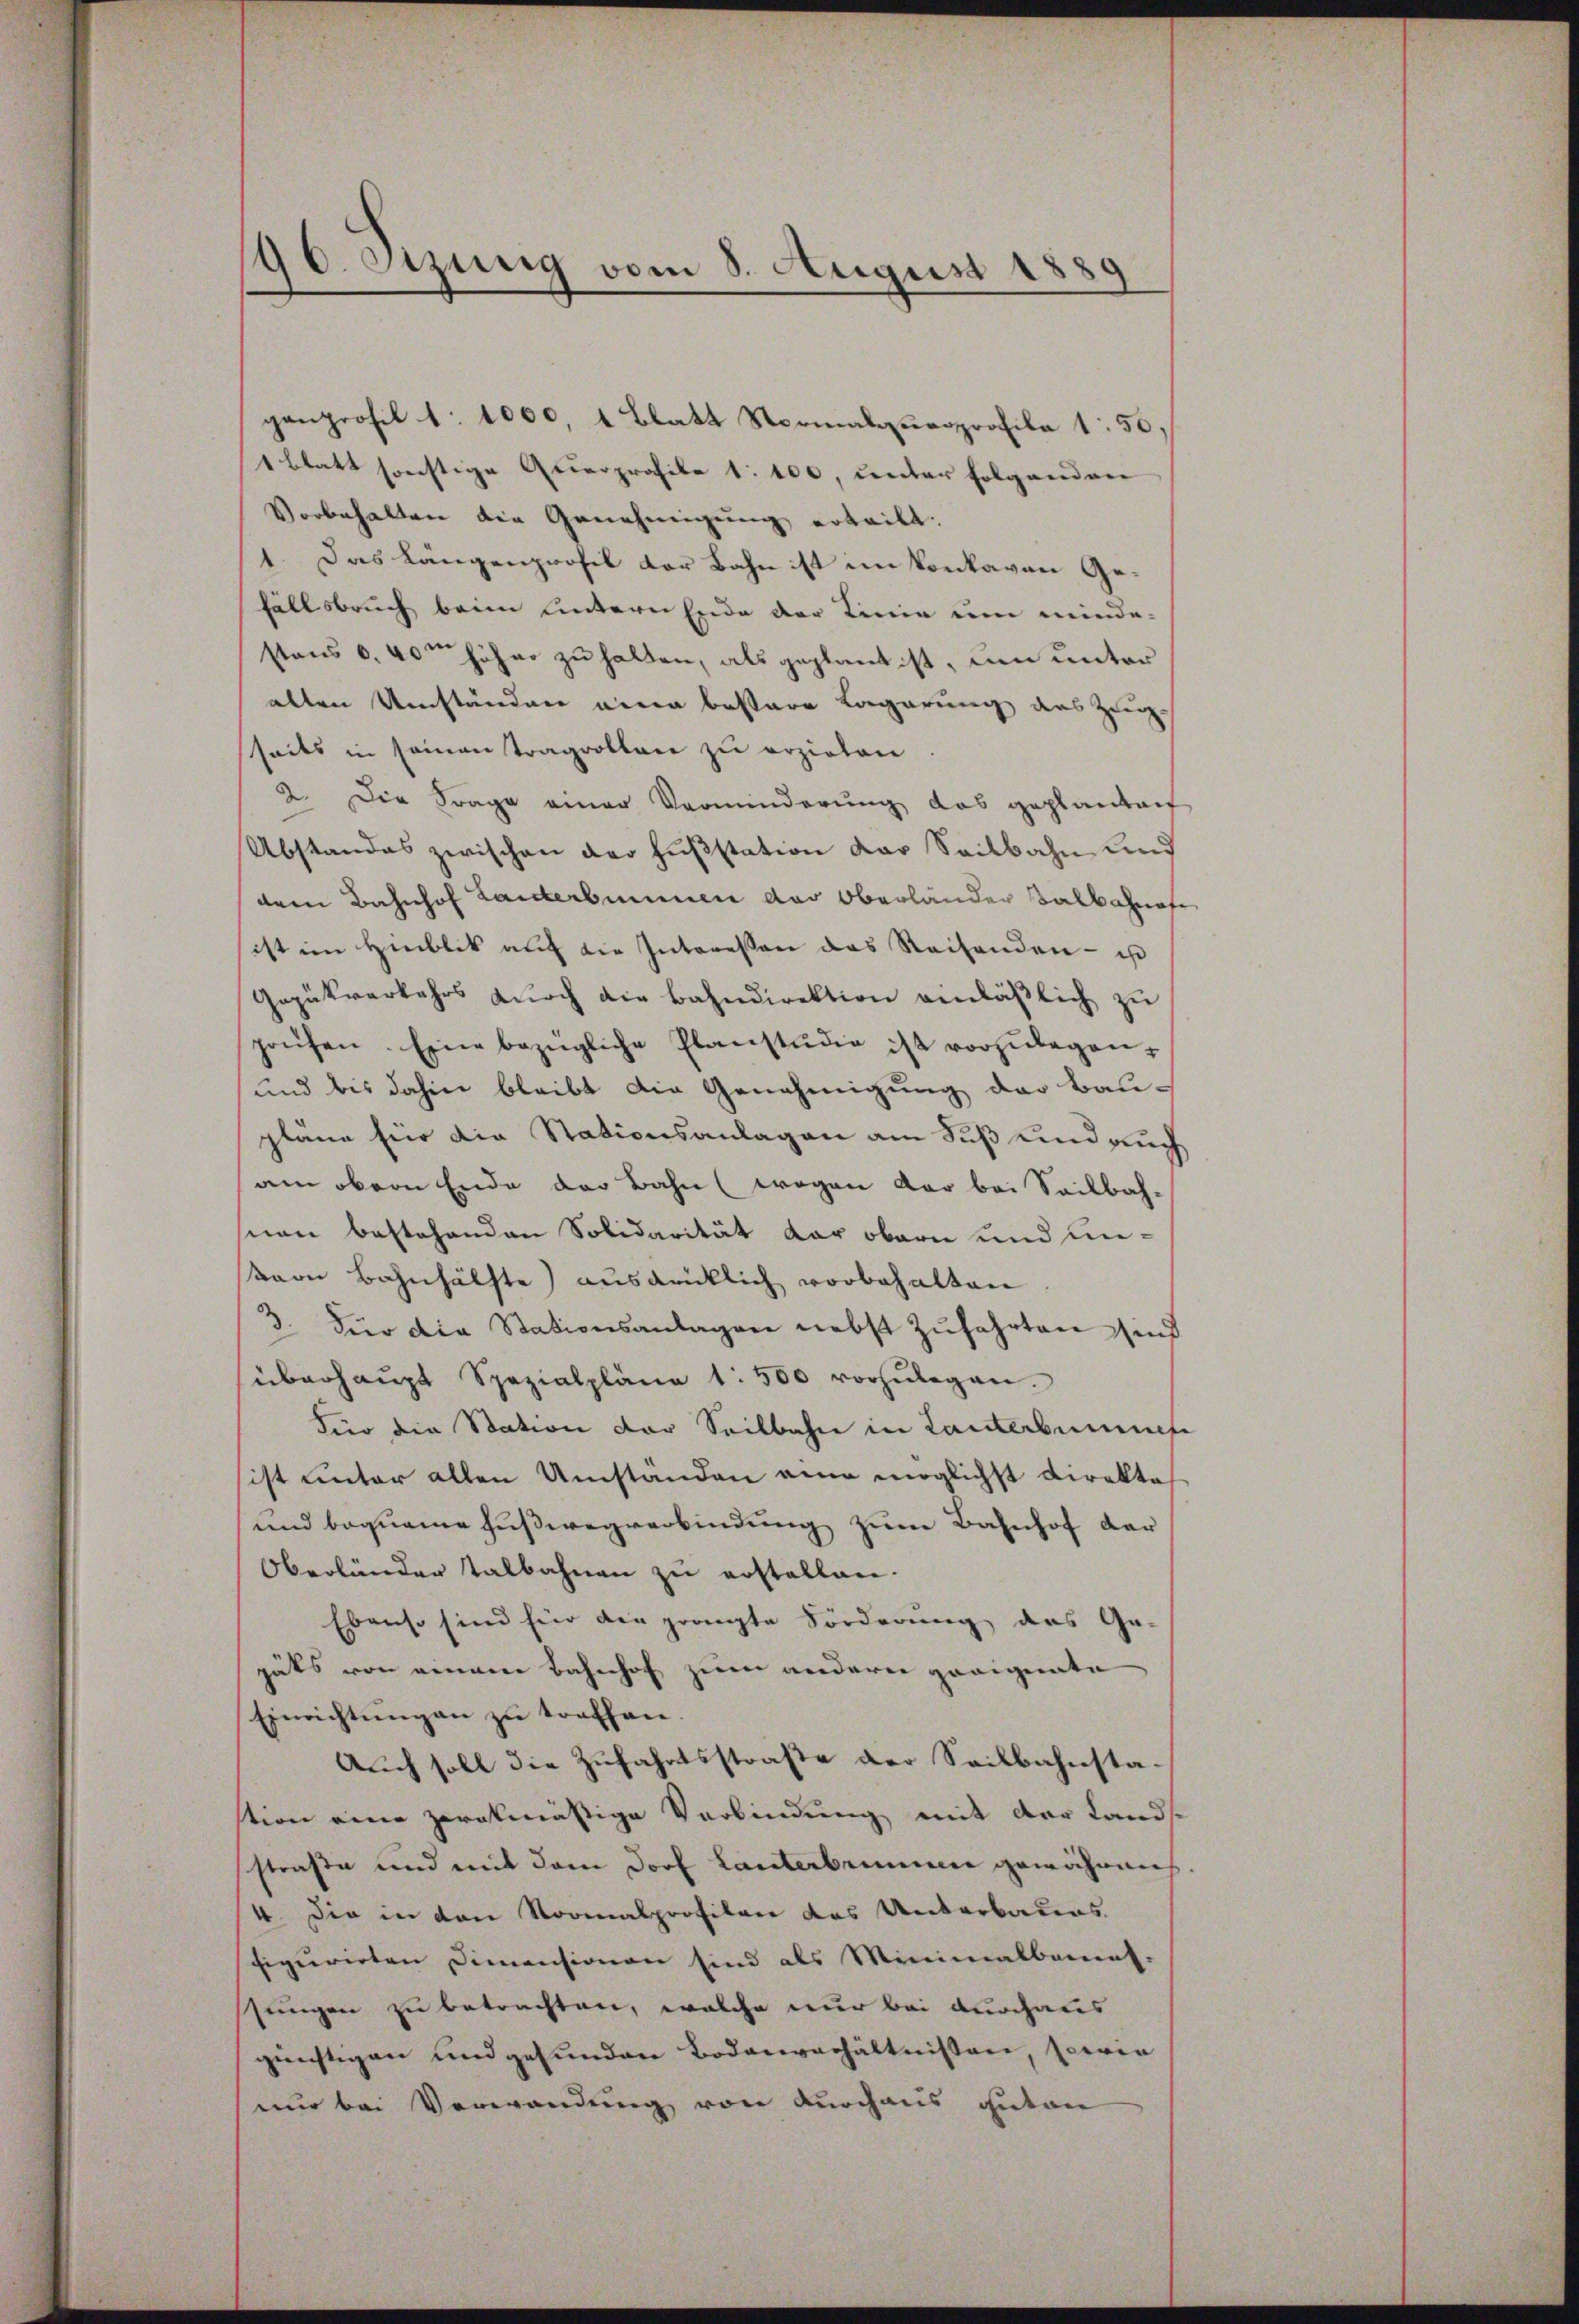
90. Sitzung vom 8. August 1880

ganprofil 1. 1000, 1 Blatt Normalquesprofile 1. 50,
1 blatt sonstige Querprofile 1: 100, unter folgenden
Vorbehalten die Genehmigung erteilt.
1. Das Längenprofil der Bahn ist im Konkavon Gefällsbruch beim hintern Ende der Linie um minde-
stens 6. 40 höher zu halten, als geplant ist, um unter
allen Umständen eine bestere Lagerung des Zugseits in seinen Tragvoltare zu erzielen
2. Die Frage einer Verminderung das geplantent
Abstandes zwischen der Fußstation der Seitbahn und
dem Bahnhof Lanterbummen der Oberländer Salbahnete
ist im Hinblik auf die Interessen das Reisenden - ist
Gepükverkehrs dŭrch die Bahndirektion anläβlich zu
prüfen. Eine bezügliche Planstŭdig ist vorzŭlegen¬
und bis dahin bleibt die Genehmigung der Baupläne für die Stationsanlagen am Fuß und auch
am obern Ende der Bahn (wegen der bei Seilbahsion bestehenden Solidarität der obern und unkern Bahnhälfte) ausdrücklich vorbehalten
3. Für die Stationsanlagen nebst Zŭfahrten sind
überhaŭpt Spezialpläne 1500 vorzŭlegen.
Für die Station der Seilbahn in Lanterbenenese
ist unter allen Umständen eine möglichst Direkte
und bequeme Fußwegverbindung zum Bahnhof der
Oberländer talbahnen zu erstellen.
Ebenso sind hier die gränzte Forderung des Ge-
gäts von einem Bahnhof zum andern geeignete
Einrichtŭng an zŭ treffen.
Auch soll die Zufahrtsstraße der Seilbahnstation eine zwekmässige Verbindung mit der Land-
straße und mit dem Dorf Lanterbrunnen gewähren
4. Die in den Normalprofilen des Unterbaues
figurirten Dimensionen sind als Minimalbanes.
stungen zu betrachten, welche nur bei durchaus
günstigen und gefunden Bodenverhältnissen, sowie
nur bei Verwendung von durchaus guten